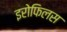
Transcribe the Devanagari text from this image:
इरोफिलस